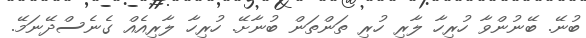
ބުނޭ. ބޭނުންވާ ހުރިހާ ލާރި ހުރި ތަންތަން ބުނާށޭ. ހުރިހާ ލާރިއެއް ގެނެސްދޭނަމޭ.